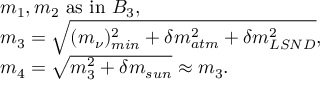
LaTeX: \begin{array} { l } { { m _ { 1 } , m _ { 2 } \mathrm { ~ a s ~ i n ~ } B _ { 3 } , } } \\ { { m _ { 3 } = \sqrt { ( m _ { \nu } ) _ { m i n } ^ { 2 } + \delta m _ { a t m } ^ { 2 } + \delta m _ { L S N D } ^ { 2 } } , } } \\ { { m _ { 4 } = \sqrt { m _ { 3 } ^ { 2 } + \delta m _ { s u n } } \approx m _ { 3 } . } } \end{array}